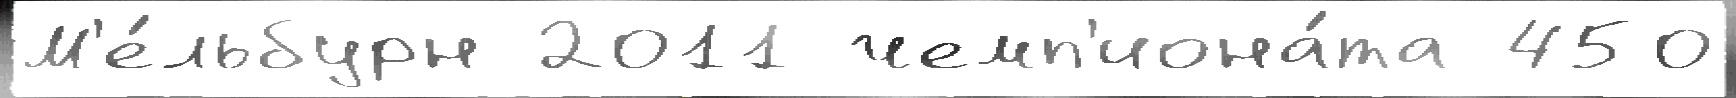
М'е́льбурн 2011 чемп'иона́та 450